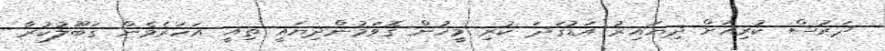
ދަރުސް ކުރިއަށް ދިޔައިރު އަޑުގަދަ ކުރި މީހުން ގޮވަމުންދިޔައީ ތިއީ އަހަރެެމެން ގަބޫލުކުރާ